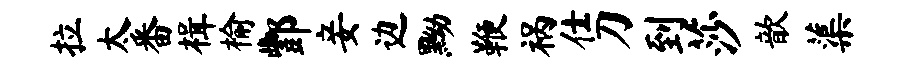
拉太番楫榆酆妾边黝鞭祸仕刀到莎歆蕖